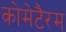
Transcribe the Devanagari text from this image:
कोमेटैरम